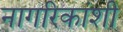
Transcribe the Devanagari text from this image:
नागरिकांशी